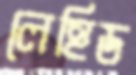
লেহিড